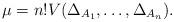
LaTeX: \begin{align*} \mu = n! V(\Delta_{A_1},\ldots,\Delta_{A_n}). \end{align*}